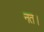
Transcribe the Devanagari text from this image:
नत।